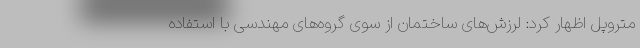
متروپل اظهار کرد: لرزش‌های ساختمان از سوی گروه‌های مهندسی با استفاده